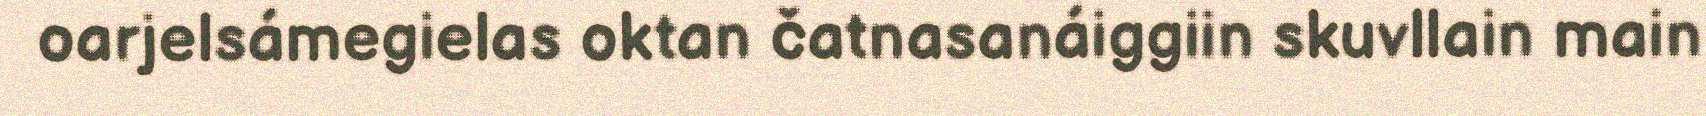
oarjelsámegielas oktan čatnasanáiggiin skuvllain main